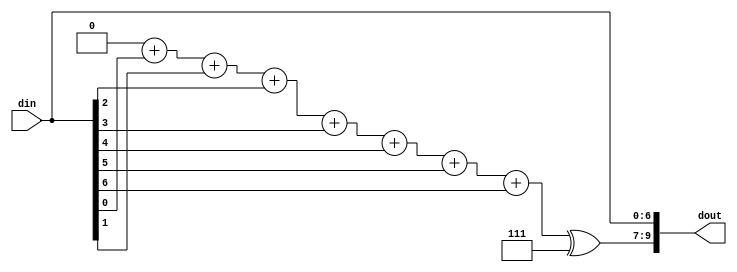
module TXEncoder(
    output reg [9:0] dout ,
    input  [6:0]  din);
    always @(din) begin
        dout = DataGenrator(din);
        $display("Data: %b \tEncoded Data: %b", din , dout);        
    end
function [9:0] DataGenrator (input [6:0] Datain);
    integer i ;
    reg[2:0] temp ;
    begin
         temp = 3'b000;
        for (i = 0; i < 7 ; i = i + 1) 
            temp = temp + Datain[i];
        temp = temp ^ 3'b111;
        DataGenrator ={temp , Datain} ;
    end
endfunction
endmodule